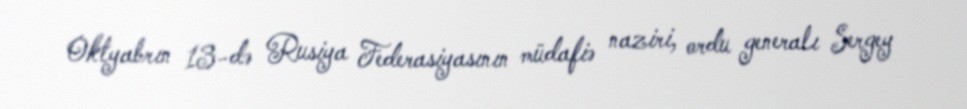
Oktyabrın 13-də Rusiya Federasiyasının müdafiə naziri, ordu generalı Sergey